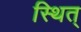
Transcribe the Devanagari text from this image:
स्थित्